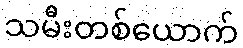
သမီးတစ်ယောက်